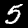
Digit: 5